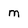
Character: m